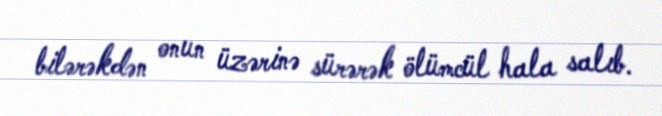
bilərəkdən onun üzərinə sürərək ölümcül hala salıb.